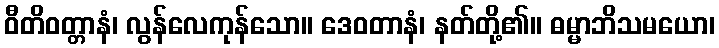
ဝီတိဝတ္တာနံ၊ လွန်လေကုန်သော။ ဒေဝတာနံ၊ နတ်တို့၏။ ဓမ္မာဘိသမယော၊